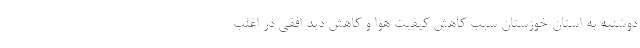
دوشنبه به استان خوزستان سبب کاهش کیفیت هوا و کاهش دید افقی در اغلب